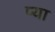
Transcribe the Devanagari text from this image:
प्या